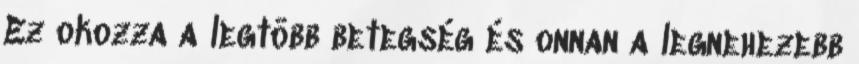
Ez okozza a legtöbb betegség és onnan a legnehezebb